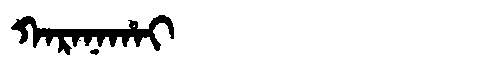
Manchu: ᡴᠠᡵᠠᠨᠠᡥᠠᡳ
Romanization: KARANAHAI